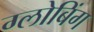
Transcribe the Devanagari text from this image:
ग्लोबिंग